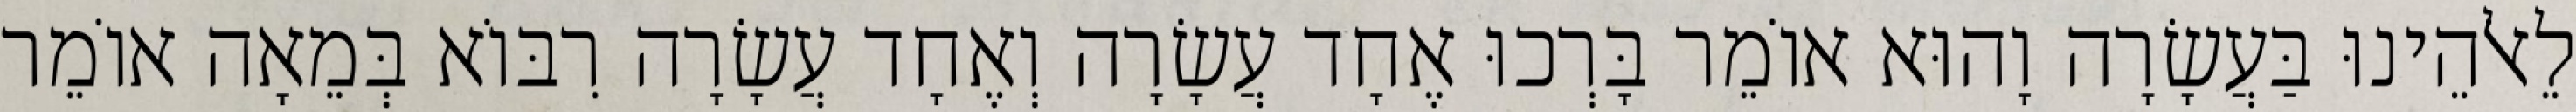
לֵאלֹהֵינוּ בַּעֲשָׂרָה וָהוּא אוֹמֵר בָּרְכוּ אֶחָד עֲשָׂרָה וְאֶחָד עֲשָׂרָה רִבּוֹא בְּמֵאָה אוֹמֵר